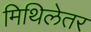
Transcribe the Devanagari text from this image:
मिथिलेतर